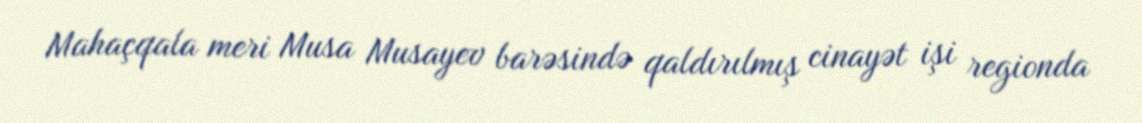
Mahaçqala meri Musa Musayev barəsində qaldırılmış cinayət işi regionda